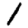
Digit: 1